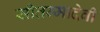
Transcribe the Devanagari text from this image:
सीतम्मादेवी